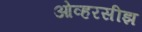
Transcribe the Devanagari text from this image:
ओव्हरसीझ